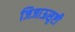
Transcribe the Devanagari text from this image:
जिजाऊसृष्टी